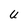
Character: U